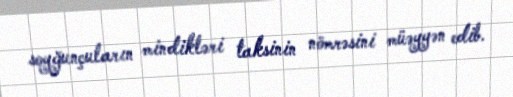
soyğunçuların mindikləri taksinin nömrəsini müəyyən edib.